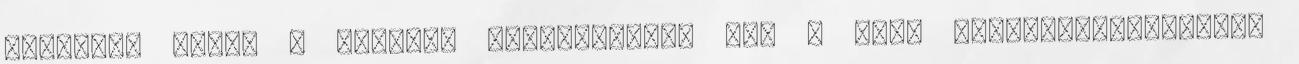
ajánlja. főleg a második generációról 98- : Nagy elsőautó-tanácsadó